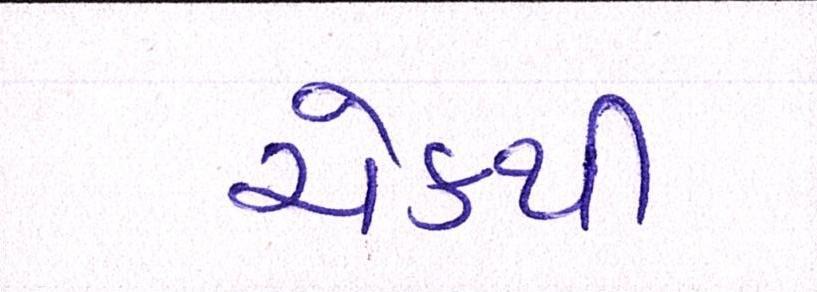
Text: ચેકથી